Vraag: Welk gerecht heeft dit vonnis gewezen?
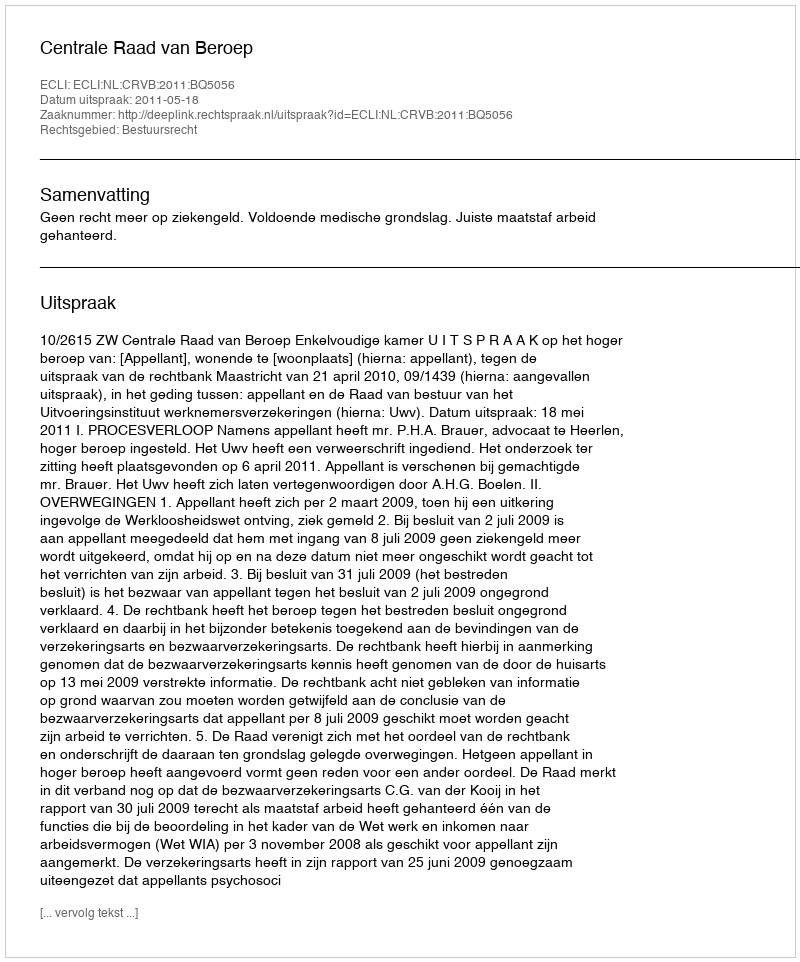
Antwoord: Centrale Raad van Beroep